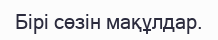
Бірі сөзін мақұлдар.